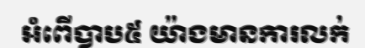
អំពើបាប៥ យ៉ាងមានការលក់